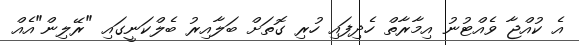
އެ ކުއްޖާ ވެއްޓުނު އިމާރާތް ހެދިފައި ހުރި ގޮތަށް ބަލާއިރު ބެލްކަނީގައި "ރޭލިން"އެއް